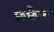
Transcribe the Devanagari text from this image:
छ्छैना